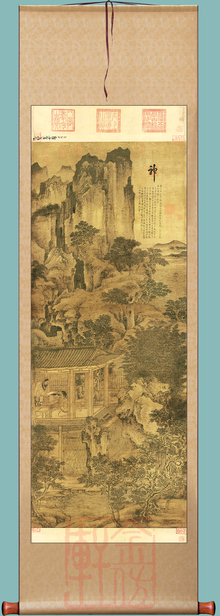
长安故人别後，料征鸿声里，画阑凭偏。